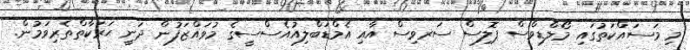
މި މަސައްކަތުގައި މޯލްޑިވްސް ޕޮލިސް ސަރވިސް އާއި އެމްޑަބްލިއުއެސްސީގެ މުވައްޒަފުން ދަނީ ޙަރަކާތްތެރިވަމުން.